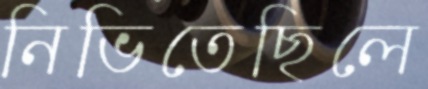
নিভিতেছিলে